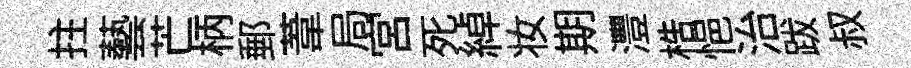
拄藝芒柄郵葦局宮死綽妆期灃梏悒治跋叔